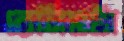
রেলিঙটা